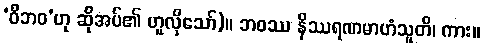
‘ဝိဘဝ’ဟု ဆိုအပ်၏ ဟူလိုသော်)။ ဘဝဿ နိဿရဏမာဟံသူတိ၊ ကား။